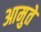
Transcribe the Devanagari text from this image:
आमुते